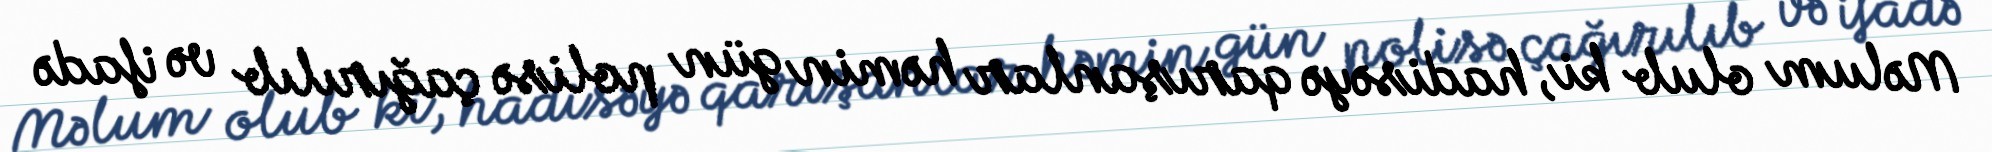
Məlum olub ki, hadisəyə qarışanlar həmin gün polisə çağırılıb və ifadə